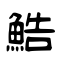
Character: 鯌